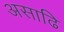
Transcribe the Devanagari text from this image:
असाढि